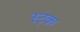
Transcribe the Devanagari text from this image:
स्ट्क